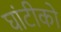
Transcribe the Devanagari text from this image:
घांटीको